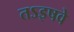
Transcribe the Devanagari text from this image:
तऽइषवे